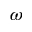
\omega